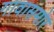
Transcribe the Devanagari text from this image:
गावासमोर